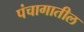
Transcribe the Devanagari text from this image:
पंचागातील